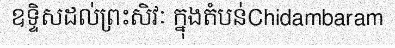
ឧទ្ទិសដល់ព្រះសិវៈ ក្នុងតំបន់Chidambaram